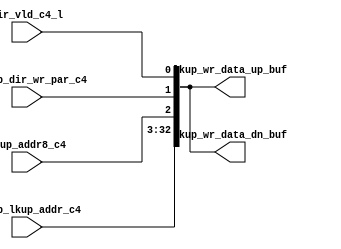
// ========== Copyright Header Begin ==========================================
// 
// OpenSPARC T1 Processor File: sctag_dirg_buf.v
// Copyright (c) 2006 Sun Microsystems, Inc.  All Rights Reserved.
// DO NOT ALTER OR REMOVE COPYRIGHT NOTICES.
// 
// The above named program is free software; you can redistribute it and/or
// modify it under the terms of the GNU General Public
// License version 2 as published by the Free Software Foundation.
// 
// The above named program is distributed in the hope that it will be 
// useful, but WITHOUT ANY WARRANTY; without even the implied warranty of
// MERCHANTABILITY or FITNESS FOR A PARTICULAR PURPOSE.  See the GNU
// General Public License for more details.
// 
// You should have received a copy of the GNU General Public
// License along with this work; if not, write to the Free Software
// Foundation, Inc., 51 Franklin St, Fifth Floor, Boston, MA 02110-1301, USA.
// 
// ========== Copyright Header End ============================================
module sctag_dirg_buf(/*AUTOARG*/
   // Outputs
   lkup_wr_data_up_buf, lkup_wr_data_dn_buf, 
   // Inputs
   dirrep_dir_wr_par_c4, dir_vld_c4_l, lkup_addr8_c4, 
   tagdp_lkup_addr_c4
   );


input		dirrep_dir_wr_par_c4; // Right
input		dir_vld_c4_l; // Right
input		lkup_addr8_c4; // Right
input	[39:10]	tagdp_lkup_addr_c4; // Right Make sure that the pin order
				    // is same as in the driving block tagdp.

output	[32:0]	lkup_wr_data_up_buf;	// Top Msb to the left
output	[32:0]	lkup_wr_data_dn_buf;    // Bottom Msb to the left


// buffer should take 40-50 ps Max

assign	lkup_wr_data_up_buf = { tagdp_lkup_addr_c4, lkup_addr8_c4, dirrep_dir_wr_par_c4, dir_vld_c4_l };

assign	lkup_wr_data_dn_buf = { tagdp_lkup_addr_c4 , lkup_addr8_c4, dirrep_dir_wr_par_c4, dir_vld_c4_l }; 


endmodule